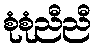
စုံစုံညီညီ